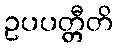
ဥပပတ္တီတိ